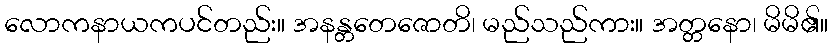
လောကနာယကပင်တည်း။ အနန္တတေဇောတိ၊ မည်သည်ကား။ အတ္တနော၊ မိမိ၏။